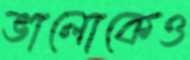
ভালোকেও